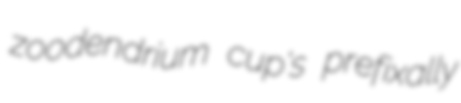
zoodendrium cup's prefixally